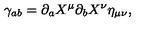
\gamma _ { a b } = \partial _ { a } X ^ { \mu } \partial _ { b } X ^ { \nu } \eta _ { \mu \nu } ,